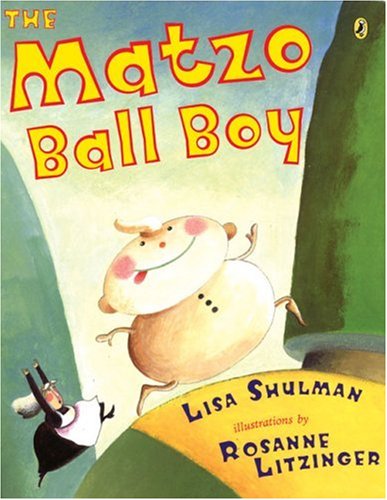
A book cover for The Matzo Ball Boy (Picture Puffin Books); Lisa Shulman; Children's Books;